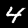
Digit: 4